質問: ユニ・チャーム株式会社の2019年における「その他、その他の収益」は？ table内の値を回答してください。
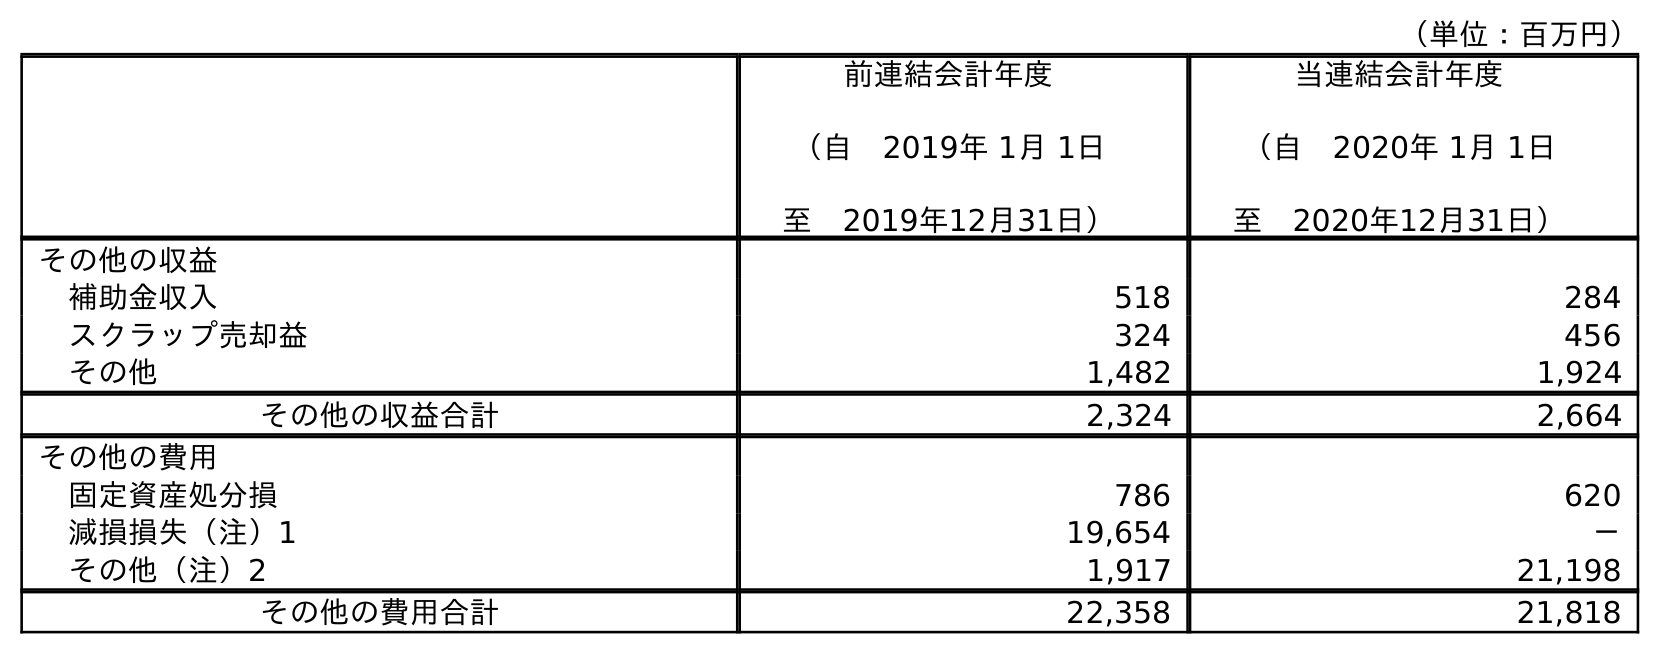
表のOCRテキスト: （単位：百万円） 前連結会計年度 （自 2019年 1月 1日 至 2019年12月31日） 当連結会計年度 （自 2020年 1月 1日 至 2020年12月31日） その他の収益 補助金収入 518 284 スクラップ売却益 324 456 その他 1,482 1,924 その他の収益合計 2,324 2,664 その他の費用 固定資産処分損 786 620 減損損失（注）1 19,654 － その他（注）2 1,917 21,198 その他の費用合計 22,358 21,818
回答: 1,482